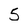
Character: 5